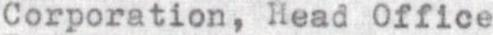
Corporation, Head Office